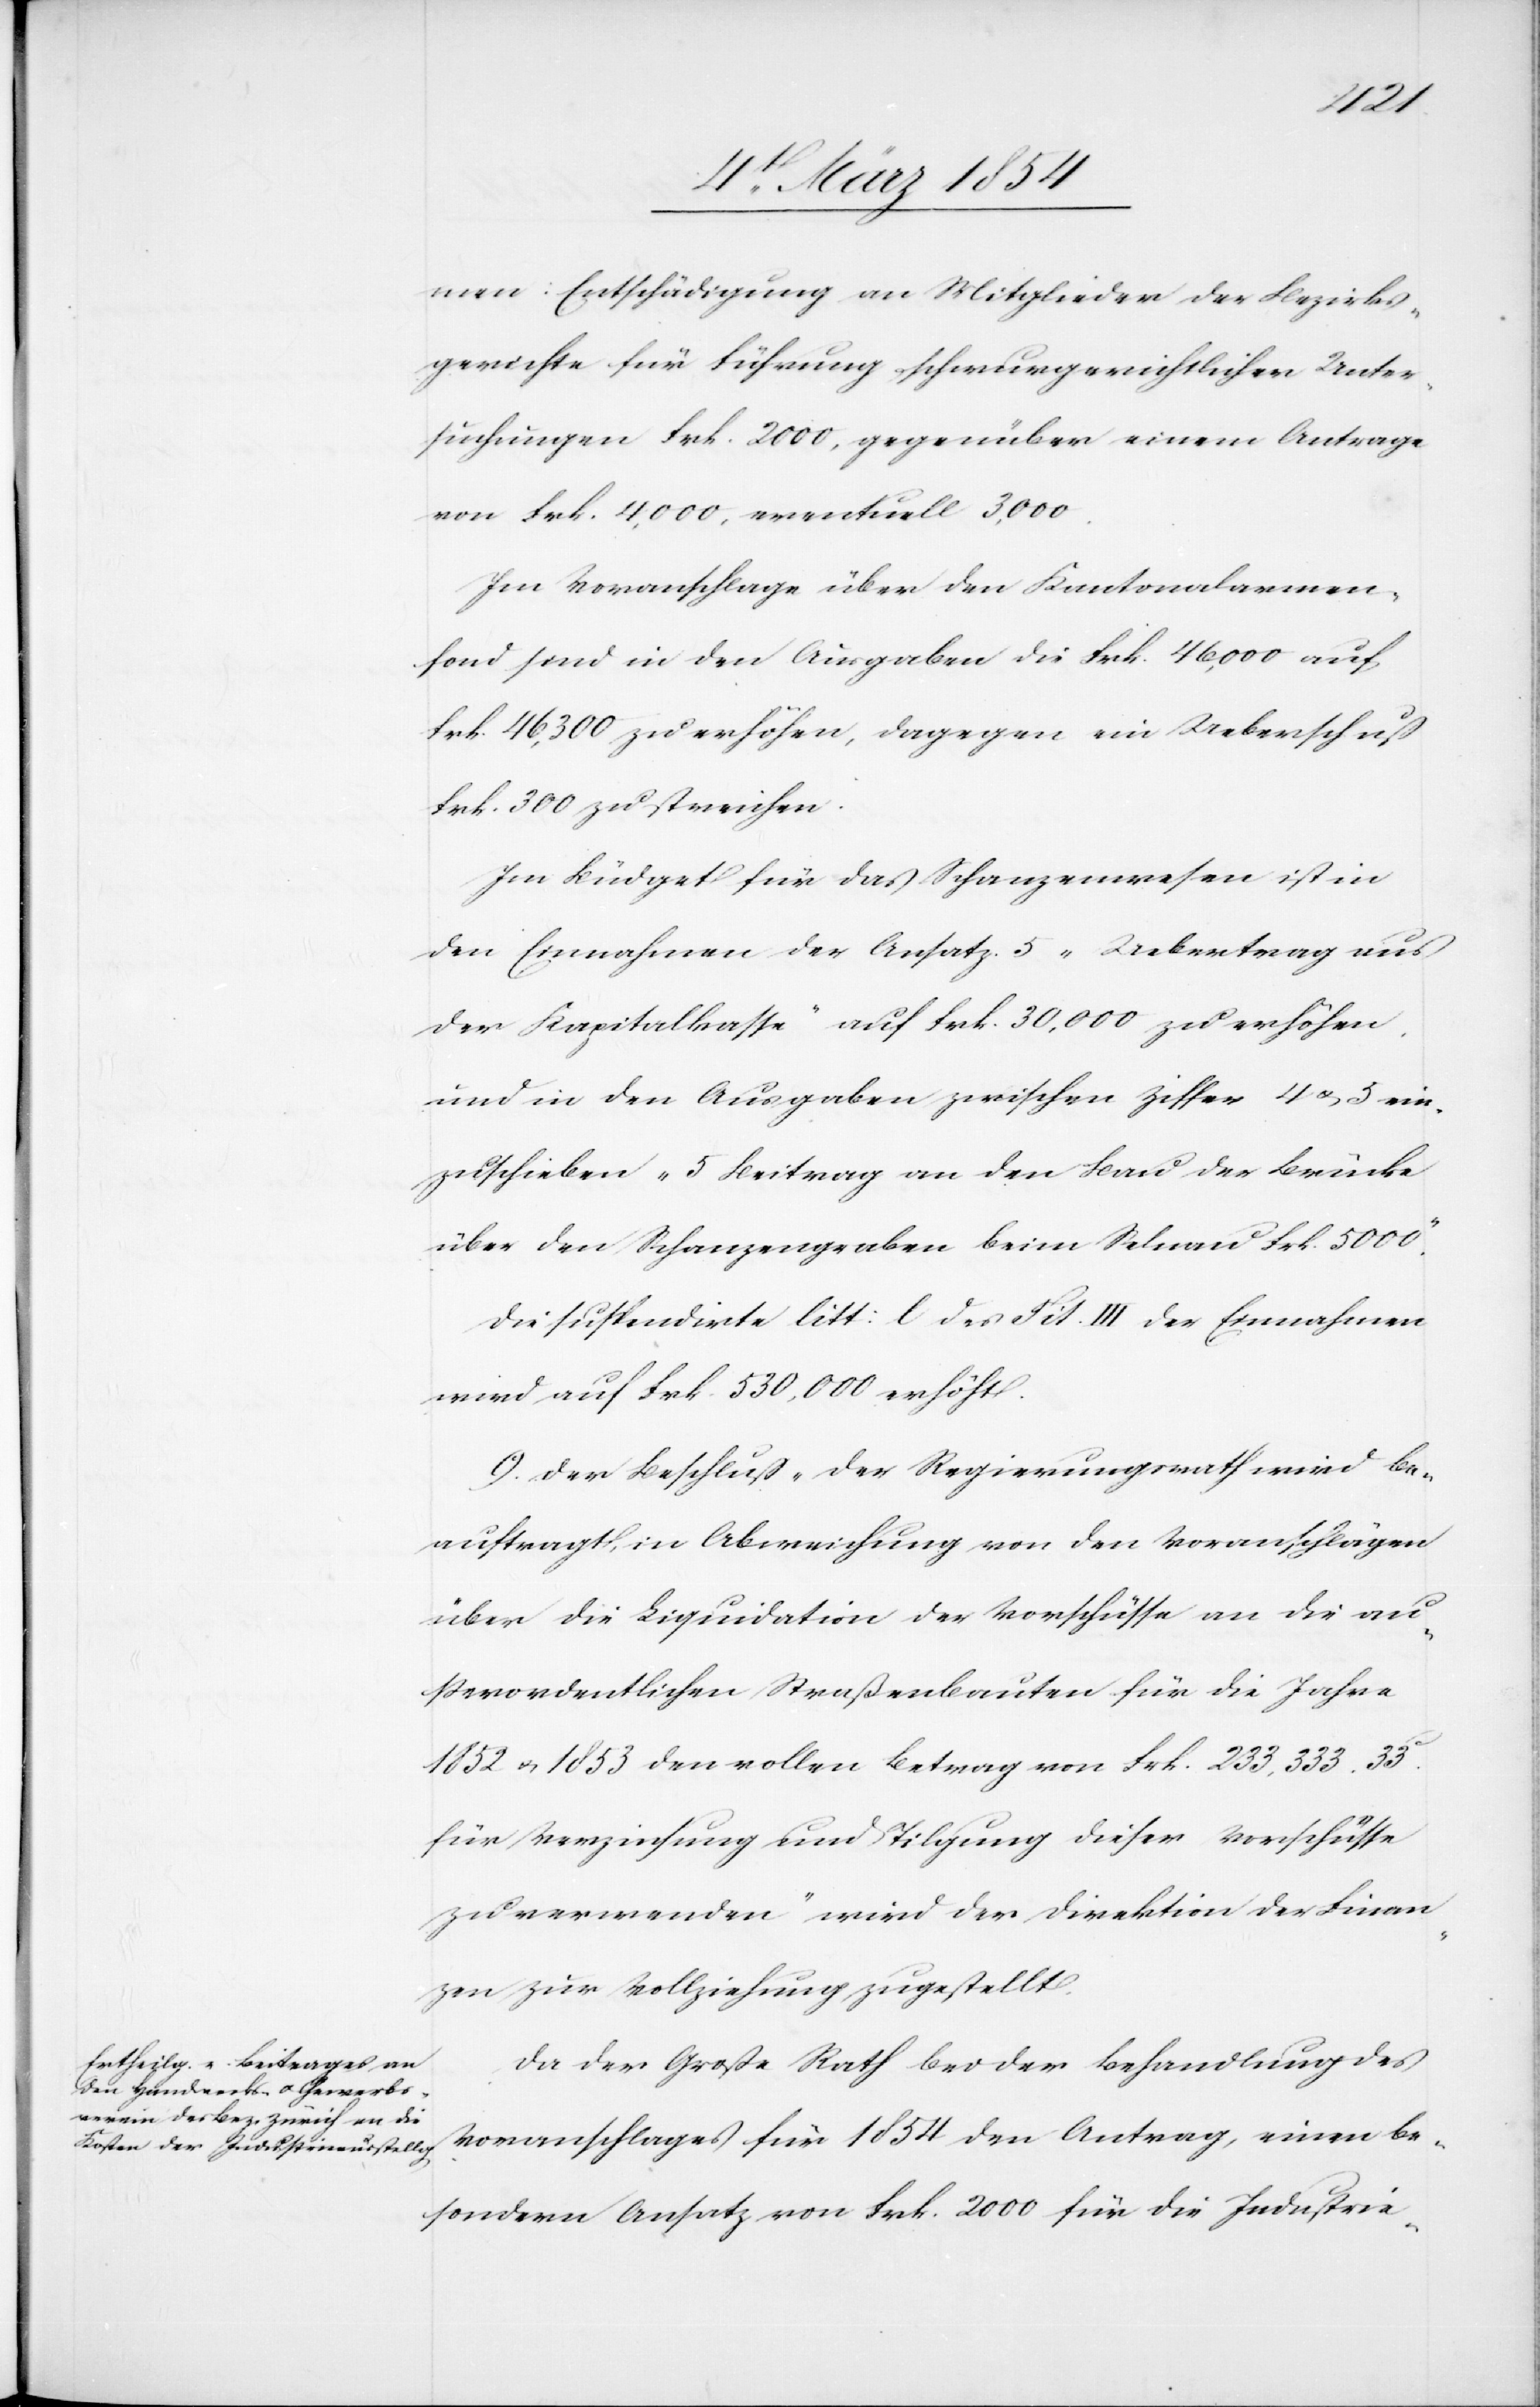
men: Entschädigung an Mitglieder der Bezirks¬
gerichte für Führung schwurgerichtlicher Unter¬
suchungen Frk. 2000, gegenüber einem Antrage
von Frk. 4,000, eventuell 3,000.
Im Voranschlage über den Kantonalarmen¬
fond sind in den Ausgaben die Frk. 46, 000 auf
Frk. 46, 300 zu erhöhen, dagegen ein Ueberschuß
Frk. 300 zu streichen.
Im Büdget für das Schanzenwesen ist in
den Einnahmen der Ansatz 5 „Uebertrag aus
der Kapitalkasse“ auf Frk. 30, 000 zu erhöhen,
und in den Ausgaben zwischen Ziffer 4 u. 5 ein¬
zuschieben „5 Beitrag an den Bau der Brücke
über den Schanzengraben beim Selnau Fkr. 5000.“
Die suspendirte litt: l des Tit. III der Einnahmen
wird auf Frk. 530, 000 erhöht.
9. Der Beschluß „Der Regierungsrath wird be¬
auftragt, in Abweichung von den Voranschlägen
über die Liquidation der Vorschüsse an die au¬
ßerordentlichen Straßenbauten für die Jahre
1852 u. 1853 den vollen Betrag von Frk. 233, 333.33c
für Verzinsung und Tilgung dieser Vorschüsse
zu verwenden „wird der Direktion der Finan¬
zen zur Vollziehung zugestellt.
Das der Große Rath bei der Behandlung des
Voranschlages für 1854 den Antrag, einem be¬
sondern Ansatz von Frk. 2000 für die Industrie-